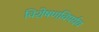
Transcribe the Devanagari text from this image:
विशेषणविपर्यय